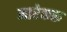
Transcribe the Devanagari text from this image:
मारेकरू